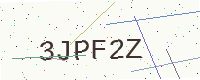
Text: 3JPF2Z